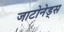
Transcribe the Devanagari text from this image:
जाटोनेड्स